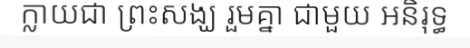
ក្លាយជា ព្រះសង្ឃ រួមគ្នា ជាមួយ អនិរុទ្ធ